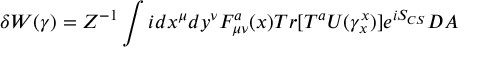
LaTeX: \delta W ( \gamma ) = Z ^ { - 1 } \int i d x ^ { \mu } d y ^ { \nu } F _ { \mu \nu } ^ { a } ( x ) { \cal T } r [ T ^ { a } U ( \gamma _ { x } ^ { x } ) ] e ^ { i S _ { C S } } { \cal D } A